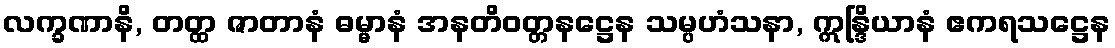
လက္ခဏာနိ, တတ္ထ ဇာတာနံ ဓမ္မာနံ အနတိဝတ္တနဋ္ဌေန သမ္ပဟံသနာ, ဣန္ဒြိယာနံ ဧကရသဋ္ဌေန